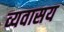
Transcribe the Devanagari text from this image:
व्यवासय